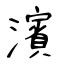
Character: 濱